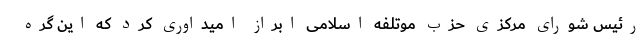
رئیس شورای مرکزی حزب موتلفه اسلامی ابراز امیداوری کرد که این گره